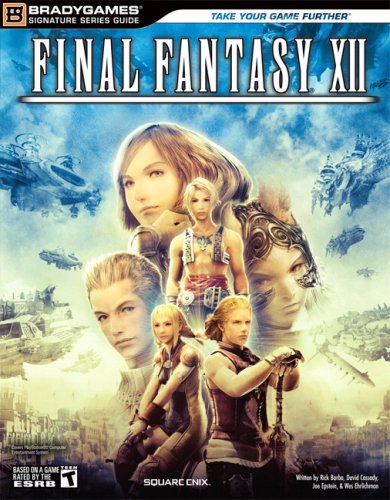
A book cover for Final Fantasy XII Signature Series Guide (Bradygames Signature Guides); BradyGames; Computers & Technology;